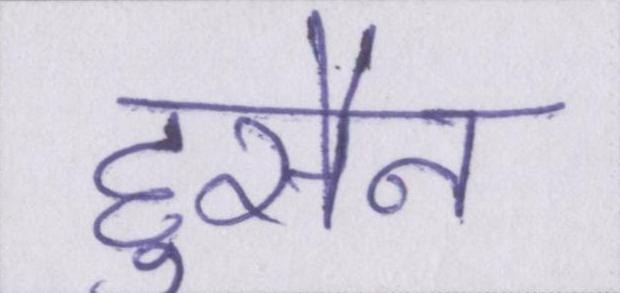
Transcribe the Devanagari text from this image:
हुसैन